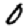
Digit: 0